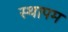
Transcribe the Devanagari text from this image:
स्थापम